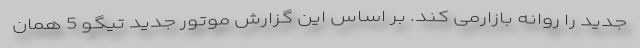
جدید را روانه بازارمی کند. بر اساس این گزارش موتور جدید تیگو 5 همان